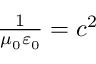
\begin{array} { r } { \frac { 1 } { \mu _ { 0 } \varepsilon _ { 0 } } = c ^ { 2 } } \end{array}